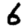
Digit: 6